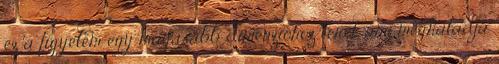
ez a figyelem egy magasabb dimenzióhoz terel, ami meghaladja